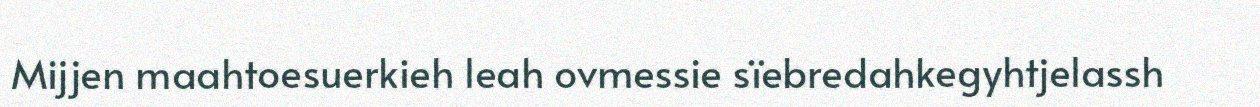
Mijjen maahtoesuerkieh leah ovmessie sïebredahkegyhtjelassh